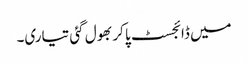
میں ڈائجسٹ پا کر بھول گئی تیاری۔